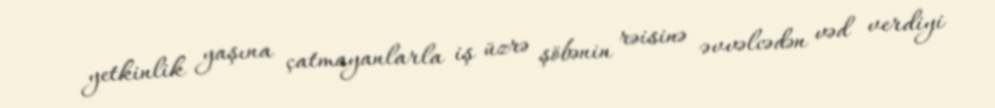
yetkinlik yaşına çatmayanlarla iş üzrə şöbənin rəisinə əvvəlcədən vəd verdiyi